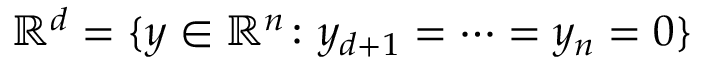
\mathbb { R } ^ { d } = \{ y \in \mathbb { R } ^ { n } \colon y _ { d + 1 } = \cdots = y _ { n } = 0 \}